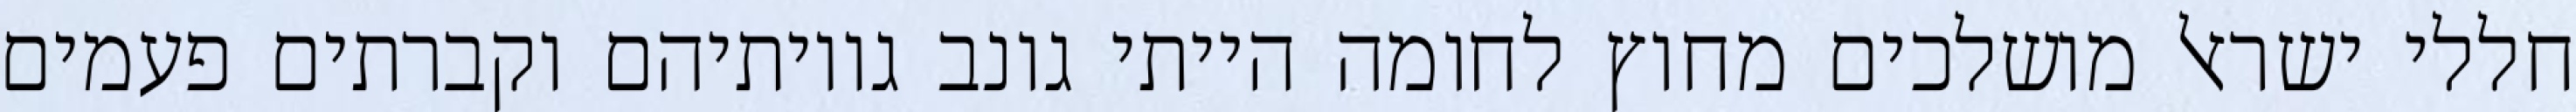
חללי ישראל מושלכים מחוץ לחומה הייתי גונב גויותיהם וקברתים פעמים